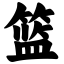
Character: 篮